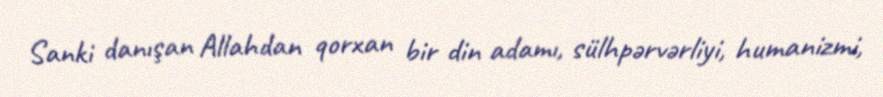
Sanki danışan Allahdan qorxan bir din adamı, sülhpərvərliyi, humanizmi,